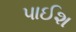
પાઈશ